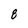
Character: 8